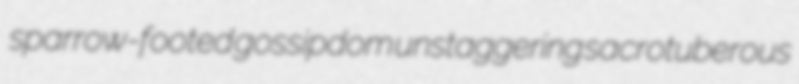
sparrow-footed gossipdom unstaggering sacrotuberous